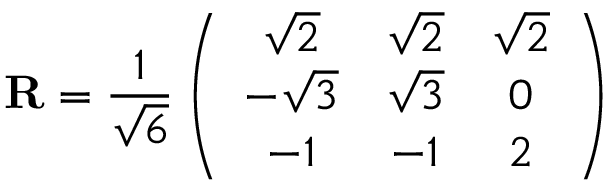
{ \mathbf R } = \frac { 1 } { \sqrt 6 } \left( \begin{array} { c c c } { { \sqrt 2 } } & { { \sqrt 2 } } & { { \sqrt 2 } } \\ { { - \sqrt 3 } } & { { \sqrt 3 } } & { { 0 } } \\ { { - 1 } } & { { - 1 } } & { { 2 } } \end{array} \right)